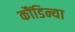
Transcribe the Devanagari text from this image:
कौंडिन्या